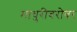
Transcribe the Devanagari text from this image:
माधुरीबरोबर